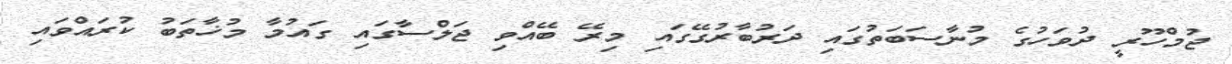
ޖުމްހޫރީ ދުވަހުގެ މުނާސަބަތުގައި ދަރުބާރުގޭގައި މިރޭ ބޭއްވި ޖަލްސާގައި ގައުމާ މުޚާތަބު ކުރައްވައި